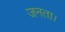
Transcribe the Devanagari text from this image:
जनता।